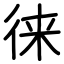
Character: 徕